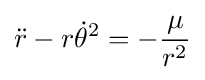
{\ddot {r}}-r{\dot {\theta }}^{2}=-{\frac {\mu }{r^{2}}}